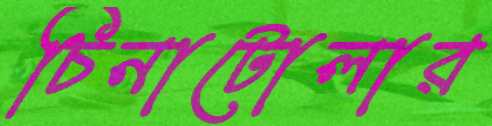
চিনাটোলার